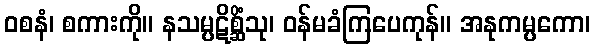
ဝစနံ၊ စကားကို။ နသမ္ပဋိစ္ဆိံသု၊ ဝန်မခံကြပေကုန်။ အနုကမ္ပကော၊